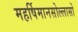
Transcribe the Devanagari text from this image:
महर्षिमानसोल्लासो